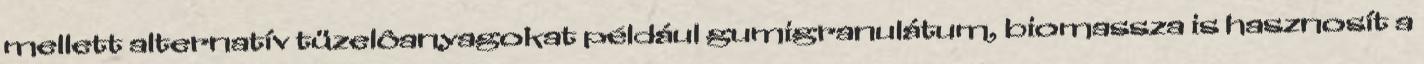
mellett alternatív tüzelôanyagokat például gumigranulátum, biomassza is hasznosít a